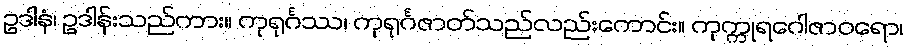
ဥဒါနံ၊ ဥဒါန်းသည်ကား။ ကုရုင်္ဂဿ၊ ကုရုင်္ဂဇာတ်သည်လည်းကောင်း။ ကုက္ကုရဂေါဇာဝရော၊